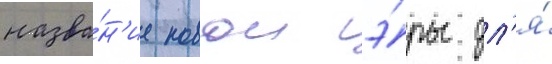
назва́н'ие новои э́ры дл'я́